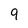
Character: 9